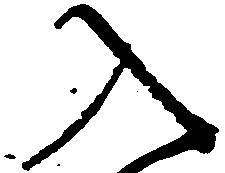
入